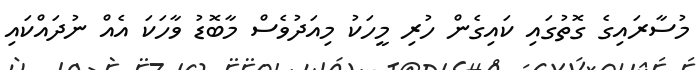
މުސާރައިގެ ގޮތުގައި ކައިގެން ހުރި މީހަކު މިއަދުވެސް މާބޮޑު ވާހަކަ އެއް ނުދައްކައި